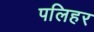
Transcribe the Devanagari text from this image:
पलिहर